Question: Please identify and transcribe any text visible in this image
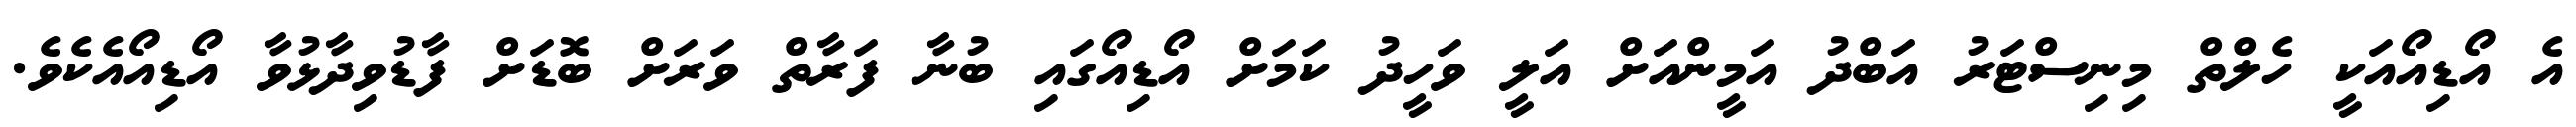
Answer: އެ އޯޑިއޯއަކީ ހެލްތް މިނިސްޓަރު އަބްދު އަމީންއަށް އަލީ ވަހީދު ކަމަށް އޯޑިއޯގައި ބުނާ ފަރާތް ވަރަށް ބޮޑަށް ފާޑުވިދާޅުވާ އޯޑިއޯއެކެވެ.